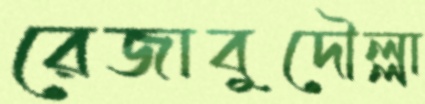
রেজাবুদৌল্লা